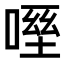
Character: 𠹿